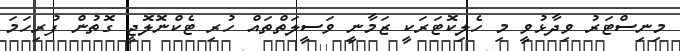
މިނިސްޓަރު ވިދާޅުވީ މި ހެލިކޮޓަރަކީ ޒަމާނީ ވަސީލަތްތައް ހުރި ޓެކްނޮލޮޖީ ގޮތުން ފުރިހަމަ